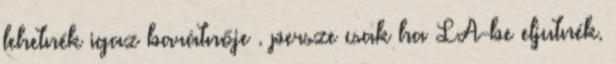
lehetnék igaz barátnője . persze csak ha LA-be eljutnék.